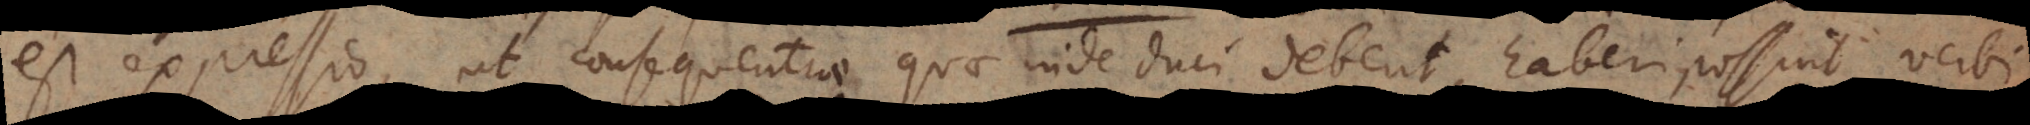
est expressio, ut consequentiae quae inde duci debent, haberi possint, verbi